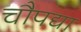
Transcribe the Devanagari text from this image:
चौपद्या